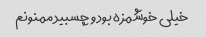
خیلی خوشمزه بود و چسبید ممنونم